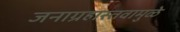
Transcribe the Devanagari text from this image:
जनाग्रहास्तवामुळे